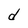
Character: d